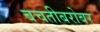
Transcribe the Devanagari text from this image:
बचतीबरोबर